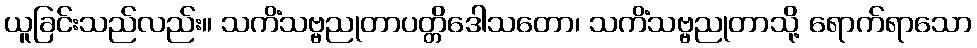
ယူခြင်းသည်လည်း။ သကိံသဗ္ဗညုတာပတ္တိဒေါသတော၊ သကိံသဗ္ဗညုတာသို့ ရောက်ရာသော